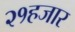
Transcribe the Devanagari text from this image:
२१हजार